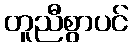
တူညီစွာပင်